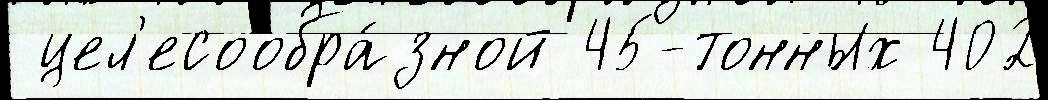
 цел'есообра́зной 45-тонных 402